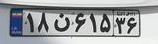
۱۸ن۶۱۵۳۶